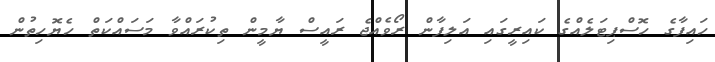
ހައިފާގެ ހޮސްޕިޓަލެއްގެ ކައިރީގައި އަލިފާން ރޯވެއްޖެ ރައީސް ޔާމީން ތިކުރައްވާ މަސައްކަތް ހެޔޮހިތުން